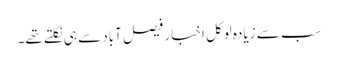
سب سے زیادہ لوکل اخبار فیصل آباد سے ہی نکلتے تھے۔